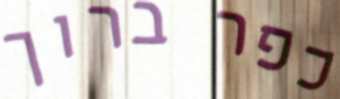
כפר ברוך